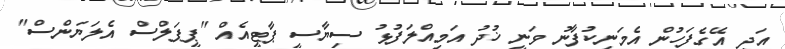
އަދި އޭގެފަހުން އެމަނިކުފާނު ވަނީ ޚުދު އަމިއްލަފުޅު ސިޔާސީ ޕާޓީއެއް "ޕީޕަލްސް އެލަޔަންސް"